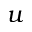
u